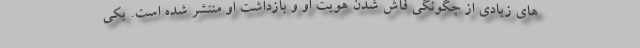
‌های زیادی از چگونگی فاش شدن هویت او و بازداشت او منتشر شده است. یکی